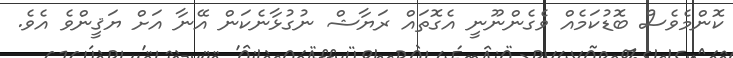
ކޮންމެވެސް ބޮޑުކަމެއް ވެގެންނޫނީ އެގޮތައް ރަޔާޝް ނުގުޅާނެކަން އޭނާ އަށް ޔަޤީންވެ އެވެ.